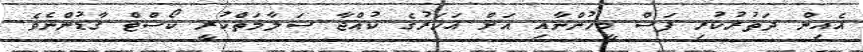
އެއިން ދަތުރުކުރި ފަސް މީހުންނާއި އަށް އަހަރުގެ ކުއްޖާ ސަލާމަތްކުރީ ކޯސްޓް ގާޑުންނެވެ.